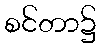
စင်တာ၌